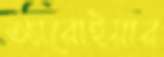
অ্যারোইয়ার